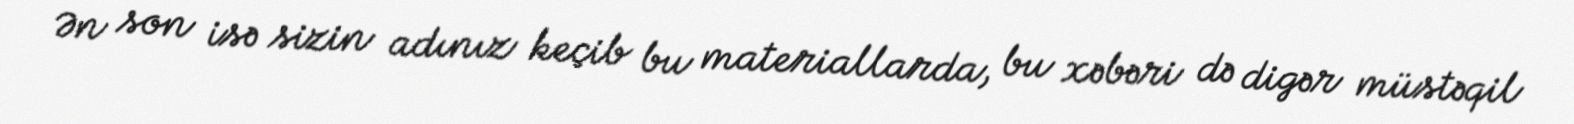
Ən son isə sizin adınız keçib bu materiallarda, bu xəbəri də digər müstəqil